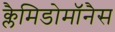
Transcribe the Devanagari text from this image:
क्लैमिडोमॉनैस